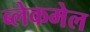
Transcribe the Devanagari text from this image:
ब्लेकमेल